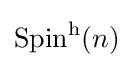
\operatorname {Spin} ^{\mathrm {h} }(n)